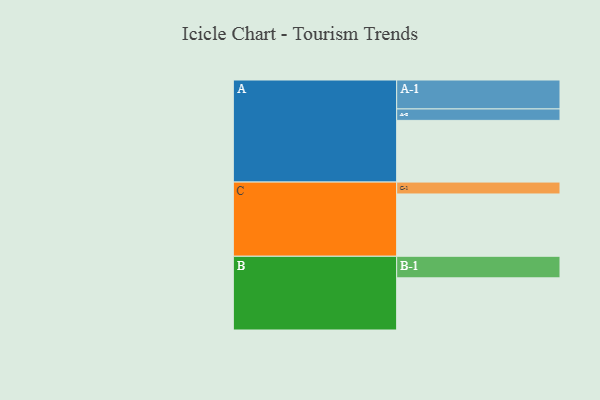
{"axis": {"x": "Segment", "y": "Value"}, "legend": ["", "A", "B", "C"], "data": [{"x": "A", "y": 518, "type": ""}, {"x": "B", "y": 438, "type": ""}, {"x": "C", "y": 523, "type": ""}, {"x": "A-1", "y": 243, "type": "A"}, {"x": "A-2", "y": 96, "type": "A"}, {"x": "B-1", "y": 181, "type": "B"}, {"x": "C-1", "y": 100, "type": "C"}]}